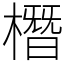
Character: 橬